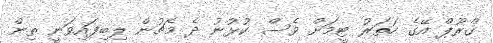
ގްރޫޕް އޭގެ ހަތަރު ޓީމަށް ވެސް ކުޅުނު ދެ މެޗުން ލިބިފައިވަނީ ތިން